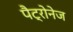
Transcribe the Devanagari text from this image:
पैट्रोनेज